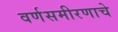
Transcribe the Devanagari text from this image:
वर्णसमीरणाचे